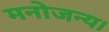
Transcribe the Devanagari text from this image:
मनोजन्य।